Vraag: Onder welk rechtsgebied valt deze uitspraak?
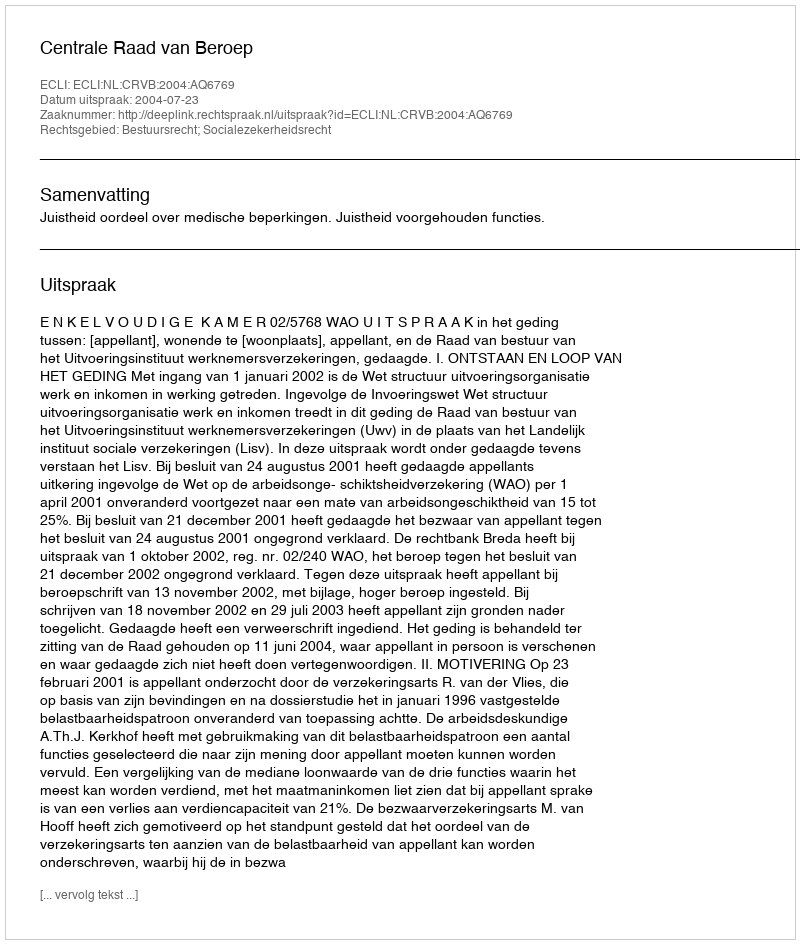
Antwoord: Bestuursrecht; Socialezekerheidsrecht